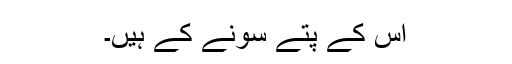
اس کے پتے سونے کے ہیں۔